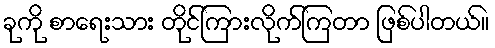
ခုကို စာရေးသား တိုင်ကြားလိုက်ကြတာ ဖြစ်ပါတယ်။